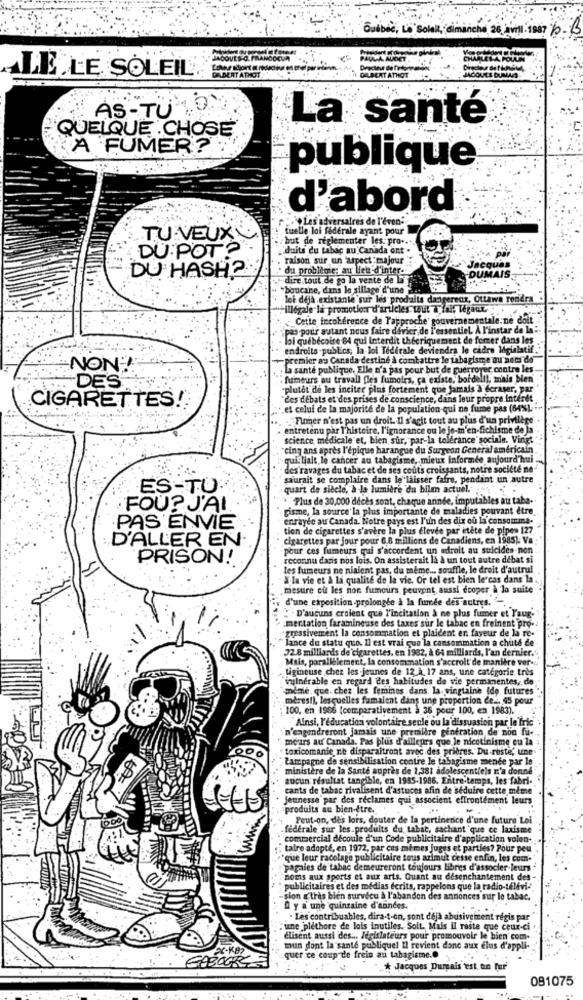
Québec, Lo Solal, dimanche 26 avill . 1987 5 - 3
A. AUDET
LE LE SOLEIL
GRACHT ATHOT
AS-TU
La santé
QUELQUE CHOSE
A FUMER?
publique
d'abord
.Les adversaires de l'éven:
tuelle loi federale ayant pour
TU VEUX
but de reglementer les. pro ...
DU POT?
"duits du tabac au Canada ont .
raison sur un 'aspect majeur
DU HASH?
du problème: au let d'inter.
DUMAIS
Jacques
dire tout de go la vente de La
boucane, dans le sillage d'une 2.
lei déjà existante sur les prodalts dangereux, Ottawa rondra
illégale la promotion d'articles tout à fait légaux ..
Cette incohérence de l'approche gouvernementale.ne doit
pas pour autant nous faire davicr de l'essentiel. À l'instar de la:
lol québécoise 84 qui Interdit thécriquement de fumer dans les
endroits -publics, la loi Tedirale deviendra le cadre Migialatif.
-premier au Canada destiné à combattre le tabagisme au nom de
NON!
- La santé publique. Elle n'a pas pour but de guerrorer contre les
DES
fumeurs au travail fles fumoirs, ca existe, bordell), mais bien
"plutôt de les inciter plus fortement que jamais a deraser, par
CIGARETTES!
"Les débats et des prises de conscience, dans leur propre interet
et celui de la majorité de la population qui ne fume pas (64%), --*
Pomer n'est pas un droit. Il s'agit tout au plus d'un privilège
entretenu par l'histoire, l'ignorance ou le je-m'en-fichisme de la
science medicale et, bien sur, par-la tolerance" sociale. Vingt
cinq ans après l'épique harangue du Surgeon General américain
"qui liait le cancer au tabagisme, mieux informée aujourd'hui
- des ravages du tabac et de ses coûts croissants, notre société ne
saurait se complaire dans le laisser fafre, pendant un autre
ES-TU
quart de siècle, à-la lumière du bilan actuel."
Plus de 30,000 deces sont, chaque arinde, imputables au taba-
FOU? J'AI
gisme, la source la plus importante de maladies pouvant être
enrayée au Canada. Notre pays est l'un des dix où la consomma-
.PAS ENVIE
tion de cigarettes s'avère la plus élevée par etete de pipes 127
D'ALLER EN.
cigarettes par jour pour 6.8 millions de Canadiens, en 1985): Va
pour ces fumeurs qui s'accordent un edroit au suiciden-non
PRISON!
reconnu daris nos lois. On assisterait la à un tout autre débat si
les fumeurs ne nialent pas, du meme ... souffle, le droit d'autrui
W.la vie et à la qualité de la vic. Or tel est bien le cas dans la
mesure cu les non fumeurs peuvent aussi écoper à la suite
d'une exposition-prolongée à la fumée des autres. " -,
mentation faramineuse des taxes sur le tabac en freinent pro-
"D'aucuns croient que l'incitation à ne plus fumer et Yaur.
agressivement la consommation et plaident en fayeur de la re-
lance du statu quo. Il est vrai que la consommation a chuté de
72 8 milliards de'cigarettes, en 1982, à 64 milliards, l'an dernier."
Mais, parallèlement, la consommation s'accroit'de manière ver-
Liginouse chez les jeunes de 12 à 17 ans, une categorie tris
"vulnerable en regard des habitudes de vie permanentes, de
"même, que. chez les femines dans, la. vingtaine Ido futures
meresi), lesquelles fumaient dans une proportion de ... 45 pour
100, en 1966 (comparativement > 36 pour 100, en 1983).
"Ainsi, l'education volontaire senle ou la dissuasion par le tric
n'engendreront jamais une première generation de non fu-
mours au Canada. Pas plus d'ailleurs que le nicotinisme eu la
toxicomanie ne disparaitront avec des prières. Du reste, une
Campagne de sensibilisation contre le tabagisme menée par le
ministère de la Sante auprès de 1,381 adolescentiels n'a donné"
aucun résultat tangible, en 1985-1986. Entre-temps, les fabri-
cants de tabac rivalisent d'astuces afin de séduire cette mime
Jeunesse par des reclames qui associent effrontement leurs
produits au bien-être.
Peut-on, dès lors, douter de la pertinence d'une future Lei
federale sur les produits du tabac, sachant que ce laxisme
commercial découle d'un Code publicitaire d'application volen-
"taire adopté, en 1972, par ces mêmes juges et parties? Pour peu
"que leur racolage publicitaire tous azimut cesse enfin, les com.
pagaies de tabac demeureront toujours Libres d'associer leurs
noms aux sports et aux arts. Quant au desenchantement des-
"publicitaires et des médias écrits, rappelons que la radio-télévi-
-sion a très bien survécu à l'abandon des annonces sur le tabac.
D'y a une quinzaine d'années.
. Les contribuables, dira-t-on, sont deja abusivement regis par
une pléthore de lois inutiles. Soit. Mais Il reste que ceux-ci
elisent aussi des ... Jerislateurs pour promouvoir le bien com-
x-K82
mun dont la santé publiquel Il revient donc aux elus d'appli-
quer ce coup de frein au tabagisme ..
* Jacques Dumais est an Tur
081075